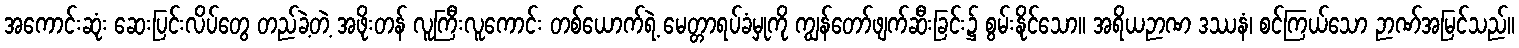
အကောင်းဆုံး ဆေးပြင်းလိပ်တွေ တည်ခဲ့တဲ့ အဖိုးတန် လူကြီးလူကောင်း တစ်ယောက်ရဲ့ မေတ္တာရပ်ခံမှုကို ကျွန်တော်ဖျက်ဆီးခြင်း၌ စွမ်းနိုင်သော။ အရိယဉာဏ ဒဿနံ၊ စင်ကြယ်သော ဉာဏ်အမြင်သည်။